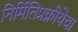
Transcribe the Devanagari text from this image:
निर्मितिप्रक्रीयेचा